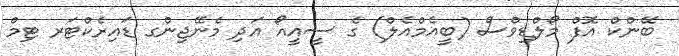
ބޭންކް އޮފް މޯލްޑިވްސް (ބީއެމްއެލް) ގެ ސީއީއޯ އަދި މެނޭޖިންގ ޑައިރެކްޓަރ ޓިމް